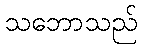
သဘောသည်